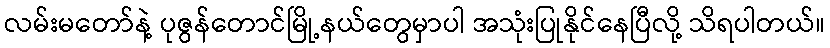
လမ်းမတော်နဲ့ ပုဇွန်တောင်မြို့နယ်တွေမှာပါ အသုံးပြုနိုင်နေပြီလို့ သိရပါတယ်။